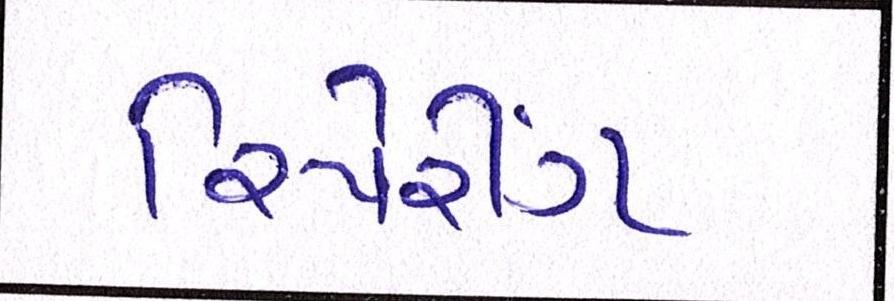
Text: રિપેરીંગ